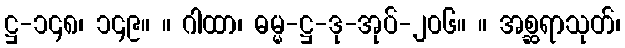
ဋ္ဌ-၁၄၈၊ ၁၄၉။ ။ ဂါထာ၊ ဓမ္မ-ဋ္ဌ-ဒု-အုပ်-၂၀၆။ ။ အစ္ဆရာသုတ်၊